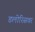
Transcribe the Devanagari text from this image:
डलोरिसवर